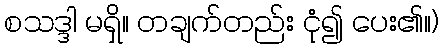
စသဒ္ဒါ မရှိ။ တချက်တည်း ငုံ၍ ပေး၏။)